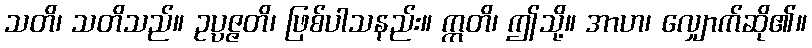
သတိ၊ သတိသည်။ ဥပ္ပဇ္ဇတိ၊ ဖြစ်ပါသနည်း။ ဣတိ၊ ဤသို့။ အာဟ၊ လျှောက်ဆို၏။